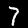
Digit: 7